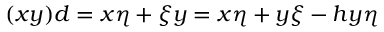
( x y ) d = x \eta + \xi y = x \eta + y \xi - h y \eta